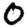
Digit: 0